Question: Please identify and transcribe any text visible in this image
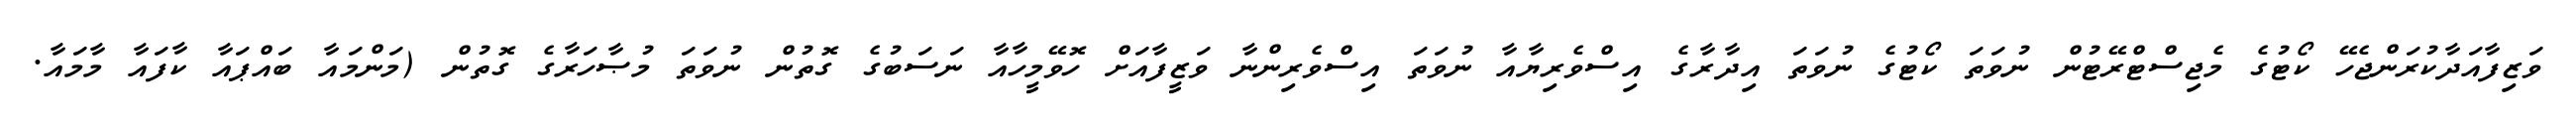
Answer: ވަޒިފާއަދާކުރަންޖެހޭ ކޯޓުގެ މެޖިސްޓްރޭޓުން ނުވަތަ ކޯޓުގެ ނުވަތަ އިދާރާގެ އިސްވެރިޔާއާ ނުވަތަ އިސްވެރިންނާ ވަޒީފާއަށް ހޮވޭމީހާއާ ނަސަބުގެ ގޮތުން ނުވަތަ މުޞާހަރާގެ ގޮތުން (މަންމައާ ބައްޕައާ ކާފައާ މާމައާ.